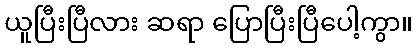
ယူပြီးပြီလား ဆရာ ပြောပြီးပြီပေါ့ကွာ။